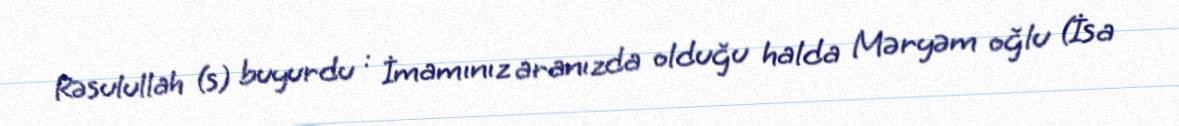
Rəsulullah (s) buyurdu : İmamınız aranızda olduğu halda Məryəm oğlu (İsa